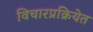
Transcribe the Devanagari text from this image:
विचारप्रक्रियेत